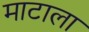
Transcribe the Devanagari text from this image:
माटाला